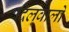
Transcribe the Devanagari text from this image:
दिलवालों